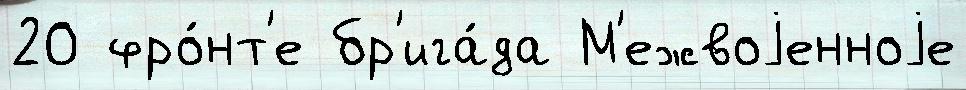
20 фро́нт'е бр'ига́да М'ежвоjенноjе